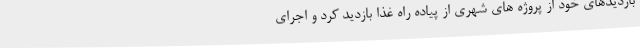
بازدیدهای خود از پروژه های شهری از پیاده راه غذا بازدید کرد و اجرای